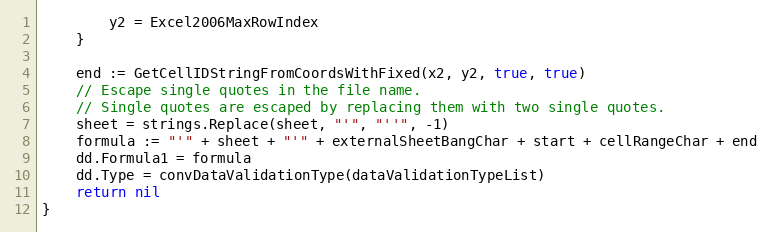
Language: Go
		y2 = Excel2006MaxRowIndex
	}

	end := GetCellIDStringFromCoordsWithFixed(x2, y2, true, true)
	// Escape single quotes in the file name.
	// Single quotes are escaped by replacing them with two single quotes.
	sheet = strings.Replace(sheet, "'", "''", -1)
	formula := "'" + sheet + "'" + externalSheetBangChar + start + cellRangeChar + end
	dd.Formula1 = formula
	dd.Type = convDataValidationType(dataValidationTypeList)
	return nil
}